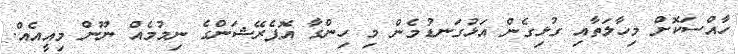
ހާއްސަކޮށް މިހާލަތާއި ގުޅިގެން އަޅުގަނޑުމެން މި ހިންގާ އޮޕެރޭޝަންގެ ނިމުމެއް ނޫން މިއީއެއް.